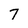
Character: 7